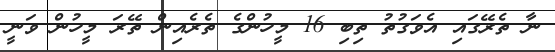
ނާ ތެރޭގައި އެވަގުތު ތިބި 16 މީހުންގެ ތެރެއިން ތޭރަ މީހުން ވަނީ